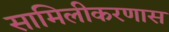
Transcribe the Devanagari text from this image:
सामिलीकरणास